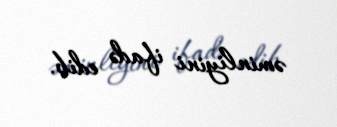
əminliyini ifadə edib.